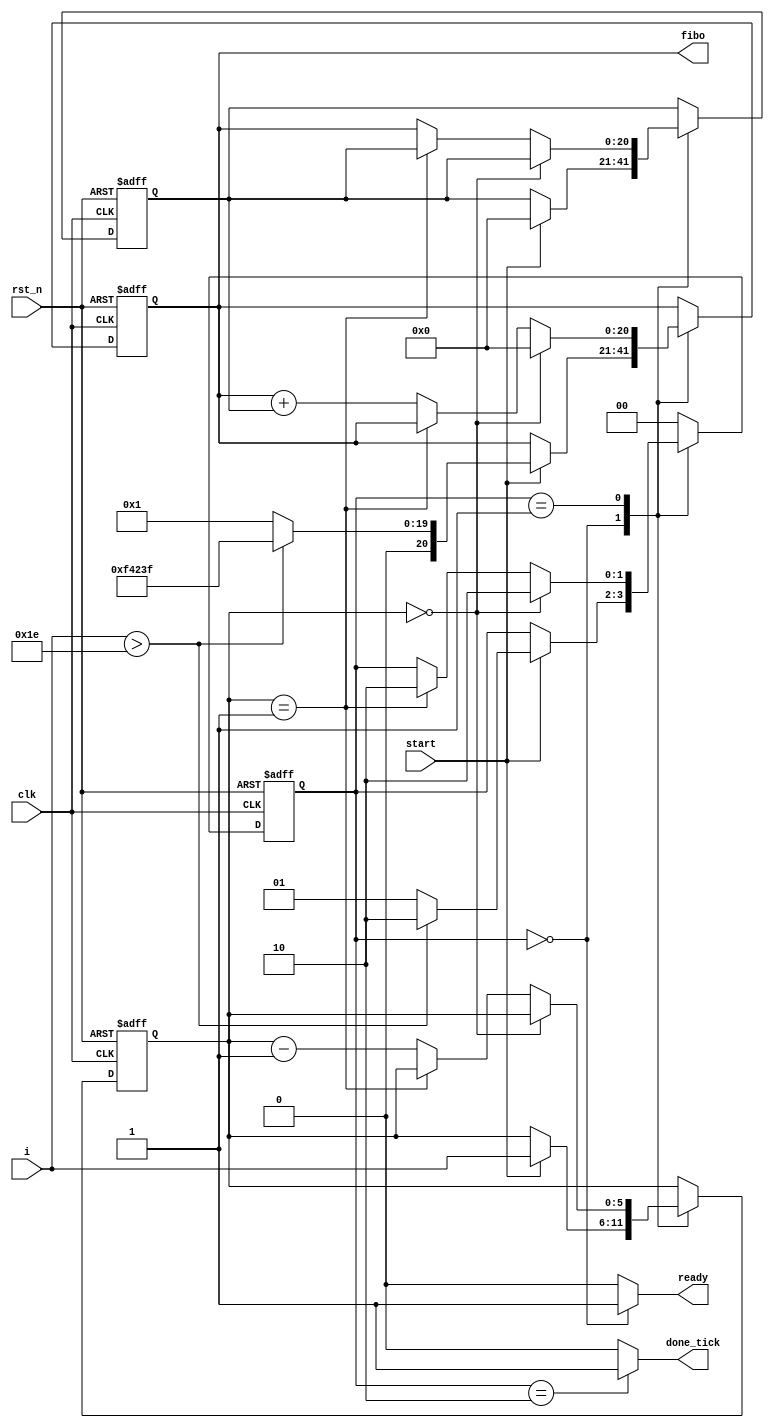
`timescale 1ns / 1ps

module fibonacci(
	input clk,rst_n,
	input start,
	input[5:0] i,
	output[20:0] fibo,
	output reg ready,done_tick
    );
	 //FSM declarations
	 localparam[1:0] idle=2'd0,
							op=2'd1,
							done=2'd2;
	 reg[1:0] state_reg,state_nxt;
	 reg[20:0] i1_reg,i0_reg,i1_nxt,i0_nxt;
	 reg[5:0] n_reg,n_nxt;
	 //FSM register operation
	 always @(posedge clk,negedge rst_n) begin
		if(!rst_n) begin
			state_reg<=idle;
			i1_reg<=0;
			i0_reg<=0;
			n_reg<=0;
		end
		else begin
			state_reg<=state_nxt;
			i1_reg<=i1_nxt;
			i0_reg<=i0_nxt;
			n_reg<=n_nxt;
		end
	 end
	 
	 //FSM next-state logics
	 always @* begin
		state_nxt=state_reg;
		i1_nxt=i1_reg;
		i0_nxt=i0_reg;
		n_nxt=n_reg;
		ready=0;
		done_tick=0;
		
		case(state_reg) 
			idle: begin
						ready=1;
						if(start) begin
							i1_nxt=1;
							i0_nxt=0;
							n_nxt=i;
							state_nxt=op;
							if(i>30) begin
							i1_nxt=999_999;
							state_nxt=done;
							end
						end
					 end
			 op: begin
						 if(n_reg==0) begin
							i1_nxt=0;
							state_nxt=done;
						 end
						 else begin
							if(n_reg==1) state_nxt=done;
							else begin
								i1_nxt=i1_reg+i0_reg;
								i0_nxt=i1_reg;
								n_nxt=n_reg-1;
							end
						 end
				  end
			 done: begin
						done_tick=1;
						state_nxt=idle;
					 end
			 default: state_nxt=idle;
		endcase
	 end
	 assign fibo=i1_reg;
			
	 
endmodule